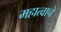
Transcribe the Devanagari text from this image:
महात्वाचे